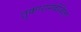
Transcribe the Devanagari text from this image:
तुकारामबीजेला